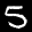
Label: 5